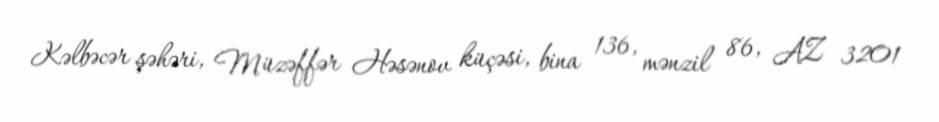
Kəlbəcər şəhəri, Müzəffər Həsənov küçəsi, bina 136, mənzil 86, AZ 3201